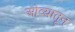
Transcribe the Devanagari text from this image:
ओव्यातून